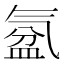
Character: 𣱦